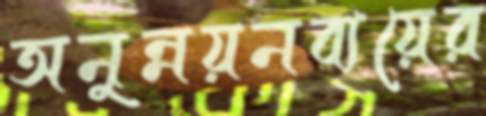
অনুন্নয়নব্যয়ের